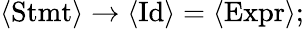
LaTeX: \langle{\mathrm{Stmt}}\rangle\to\langle{\mathrm{Id}}\rangle=\langle{\mathrm{Expr}}\rangle;